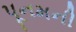
પૂનમની